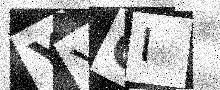
Text: YYQI